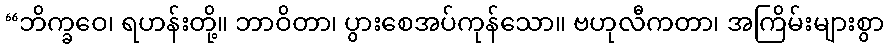
“ဘိက္ခဝေ၊ ရဟန်းတို့။ ဘာဝိတာ၊ ပွားစေအပ်ကုန်သော။ ဗဟုလီကတာ၊ အကြိမ်းများစွာ